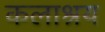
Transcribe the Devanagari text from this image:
कलाश्रय